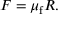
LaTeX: F = \mu _ { \mathrm { f } } R .